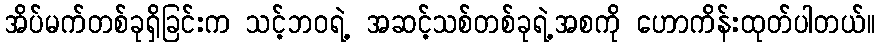
အိပ်မက်တစ်ခုရှိခြင်းက သင့်ဘဝရဲ့ အဆင့်သစ်တစ်ခုရဲ့အစကို ဟောကိန်းထုတ်ပါတယ်။